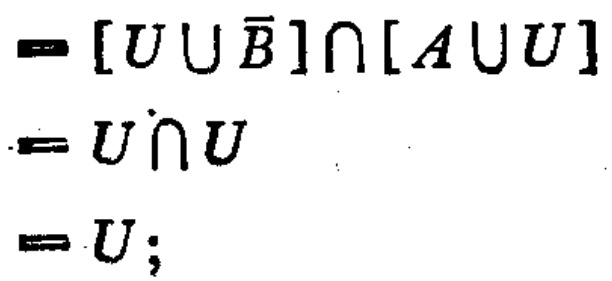
\[

\begin{align*}

&=[U\cup \overline{B}]\cap[A\cup U]\\

&=U\cap U\\

&=U;

\end{align*}

\]